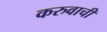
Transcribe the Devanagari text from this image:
करुवाची